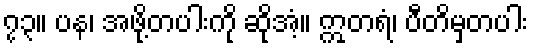
၇၃။ ပန၊ အဖို့တပါးကို ဆိုအံ့။ ဣတရံ၊ ပီတိမှတပါး